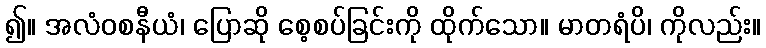
၍။ အလံဝစနီယံ၊ ပြောဆို စေ့စပ်ခြင်းကို ထိုက်သော။ မာတရံပိ၊ ကိုလည်း။